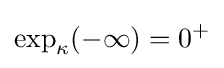
\exp _{\kappa }(-\infty )=0^{+}